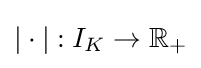
|\cdot |:I_{K}\to \mathbb {R} _{+}